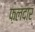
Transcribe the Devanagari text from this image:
फ़लदार